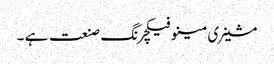
مشینری مینوفیکچرنگ صنعت ہے ۔